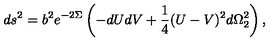
d s ^ { 2 } = b ^ { 2 } e ^ { - 2 \Sigma } \left( - d U d V + \frac { 1 } { 4 } ( U - V ) ^ { 2 } d \Omega _ { 2 } ^ { 2 } \right) ,